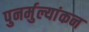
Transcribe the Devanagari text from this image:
पुनर्मुल्यांकन